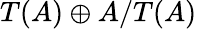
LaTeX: T(A)\oplus A/T(A)